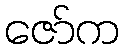
ဇော်က